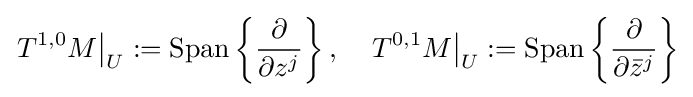
\left.T^{1,0}M\right|_{U}:=\operatorname {Span} \left\{{\frac {\partial }{\partial z^{j}}}\right\},\quad \left.T^{0,1}M\right|_{U}:=\operatorname {Span} \left\{{\frac {\partial }{\partial {\bar {z}}^{j}}}\right\}